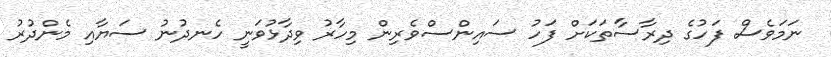
ނަމަވެސް ފަހުގެ ދިރާސާތަކަށް ފަހު ސައިންސްވެރިން މިހާރު ވިދާޅުވަނީ ހެނދުނު ސަޔާއި މެންދުރު